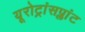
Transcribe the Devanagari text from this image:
यूरोट्रांसप्लांट